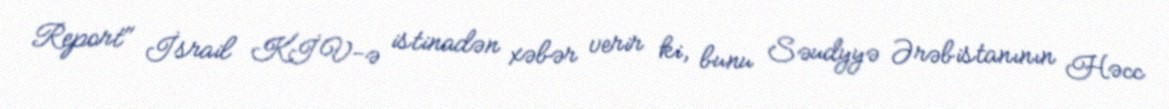
Report" İsrail KİV-ə istinadən xəbər verir ki, bunu Səudyyə Ərəbistanının Həcc